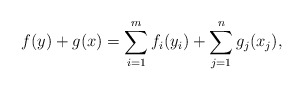
\begin{align*}f(y) + g(x) = \sum_{i = 1}^mf_i(y_i) + \sum_{j = 1}^ng_j(x_j),\end{align*}